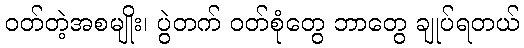
ဝတ်တဲ့အစမျိုး၊ ပွဲတက် ဝတ်စုံတွေ ဘာတွေ ချုပ်ရတယ်